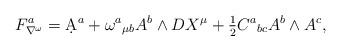
LaTeX: \begin{align*}F^a_{\nabla^\omega}=\d A^a+\omega^a{}_{\mu b}A^b\wedge DX^\mu+\tfrac{1}{2}C^a{}_{bc}A^b\wedge A^c,\end{align*}